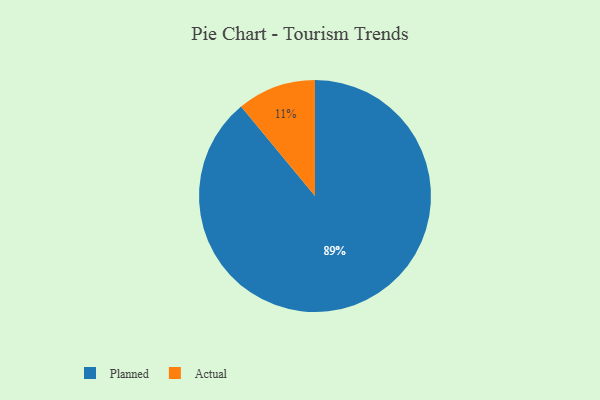
{"axis": {"x": "Category", "y": "Percentage"}, "legend": ["Actual", "Planned"], "data": [{"x": "Actual", "y": 11, "type": "Actual"}, {"x": "Planned", "y": 89, "type": "Planned"}]}